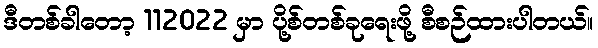
ဒီတစ်ခါတော့ 112022 မှာ ပို့စ်တစ်ခုရေးဖို့ စီစဉ်ထားပါတယ်။